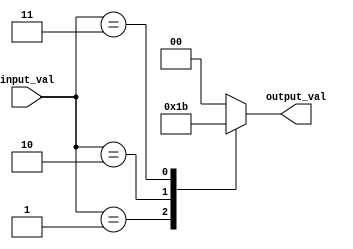
module priority_case_statement (
    input wire [2:0] input_val,
    output reg [1:0] output_val
);

always @(*)
begin
    case(input_val)
        3'b000: output_val = 2'b00;
        3'b001: output_val = 2'b01;
        3'b010: output_val = 2'b10;
        3'b011: output_val = 2'b11;
        default: output_val = 2'b00;
    endcase
end

endmodule